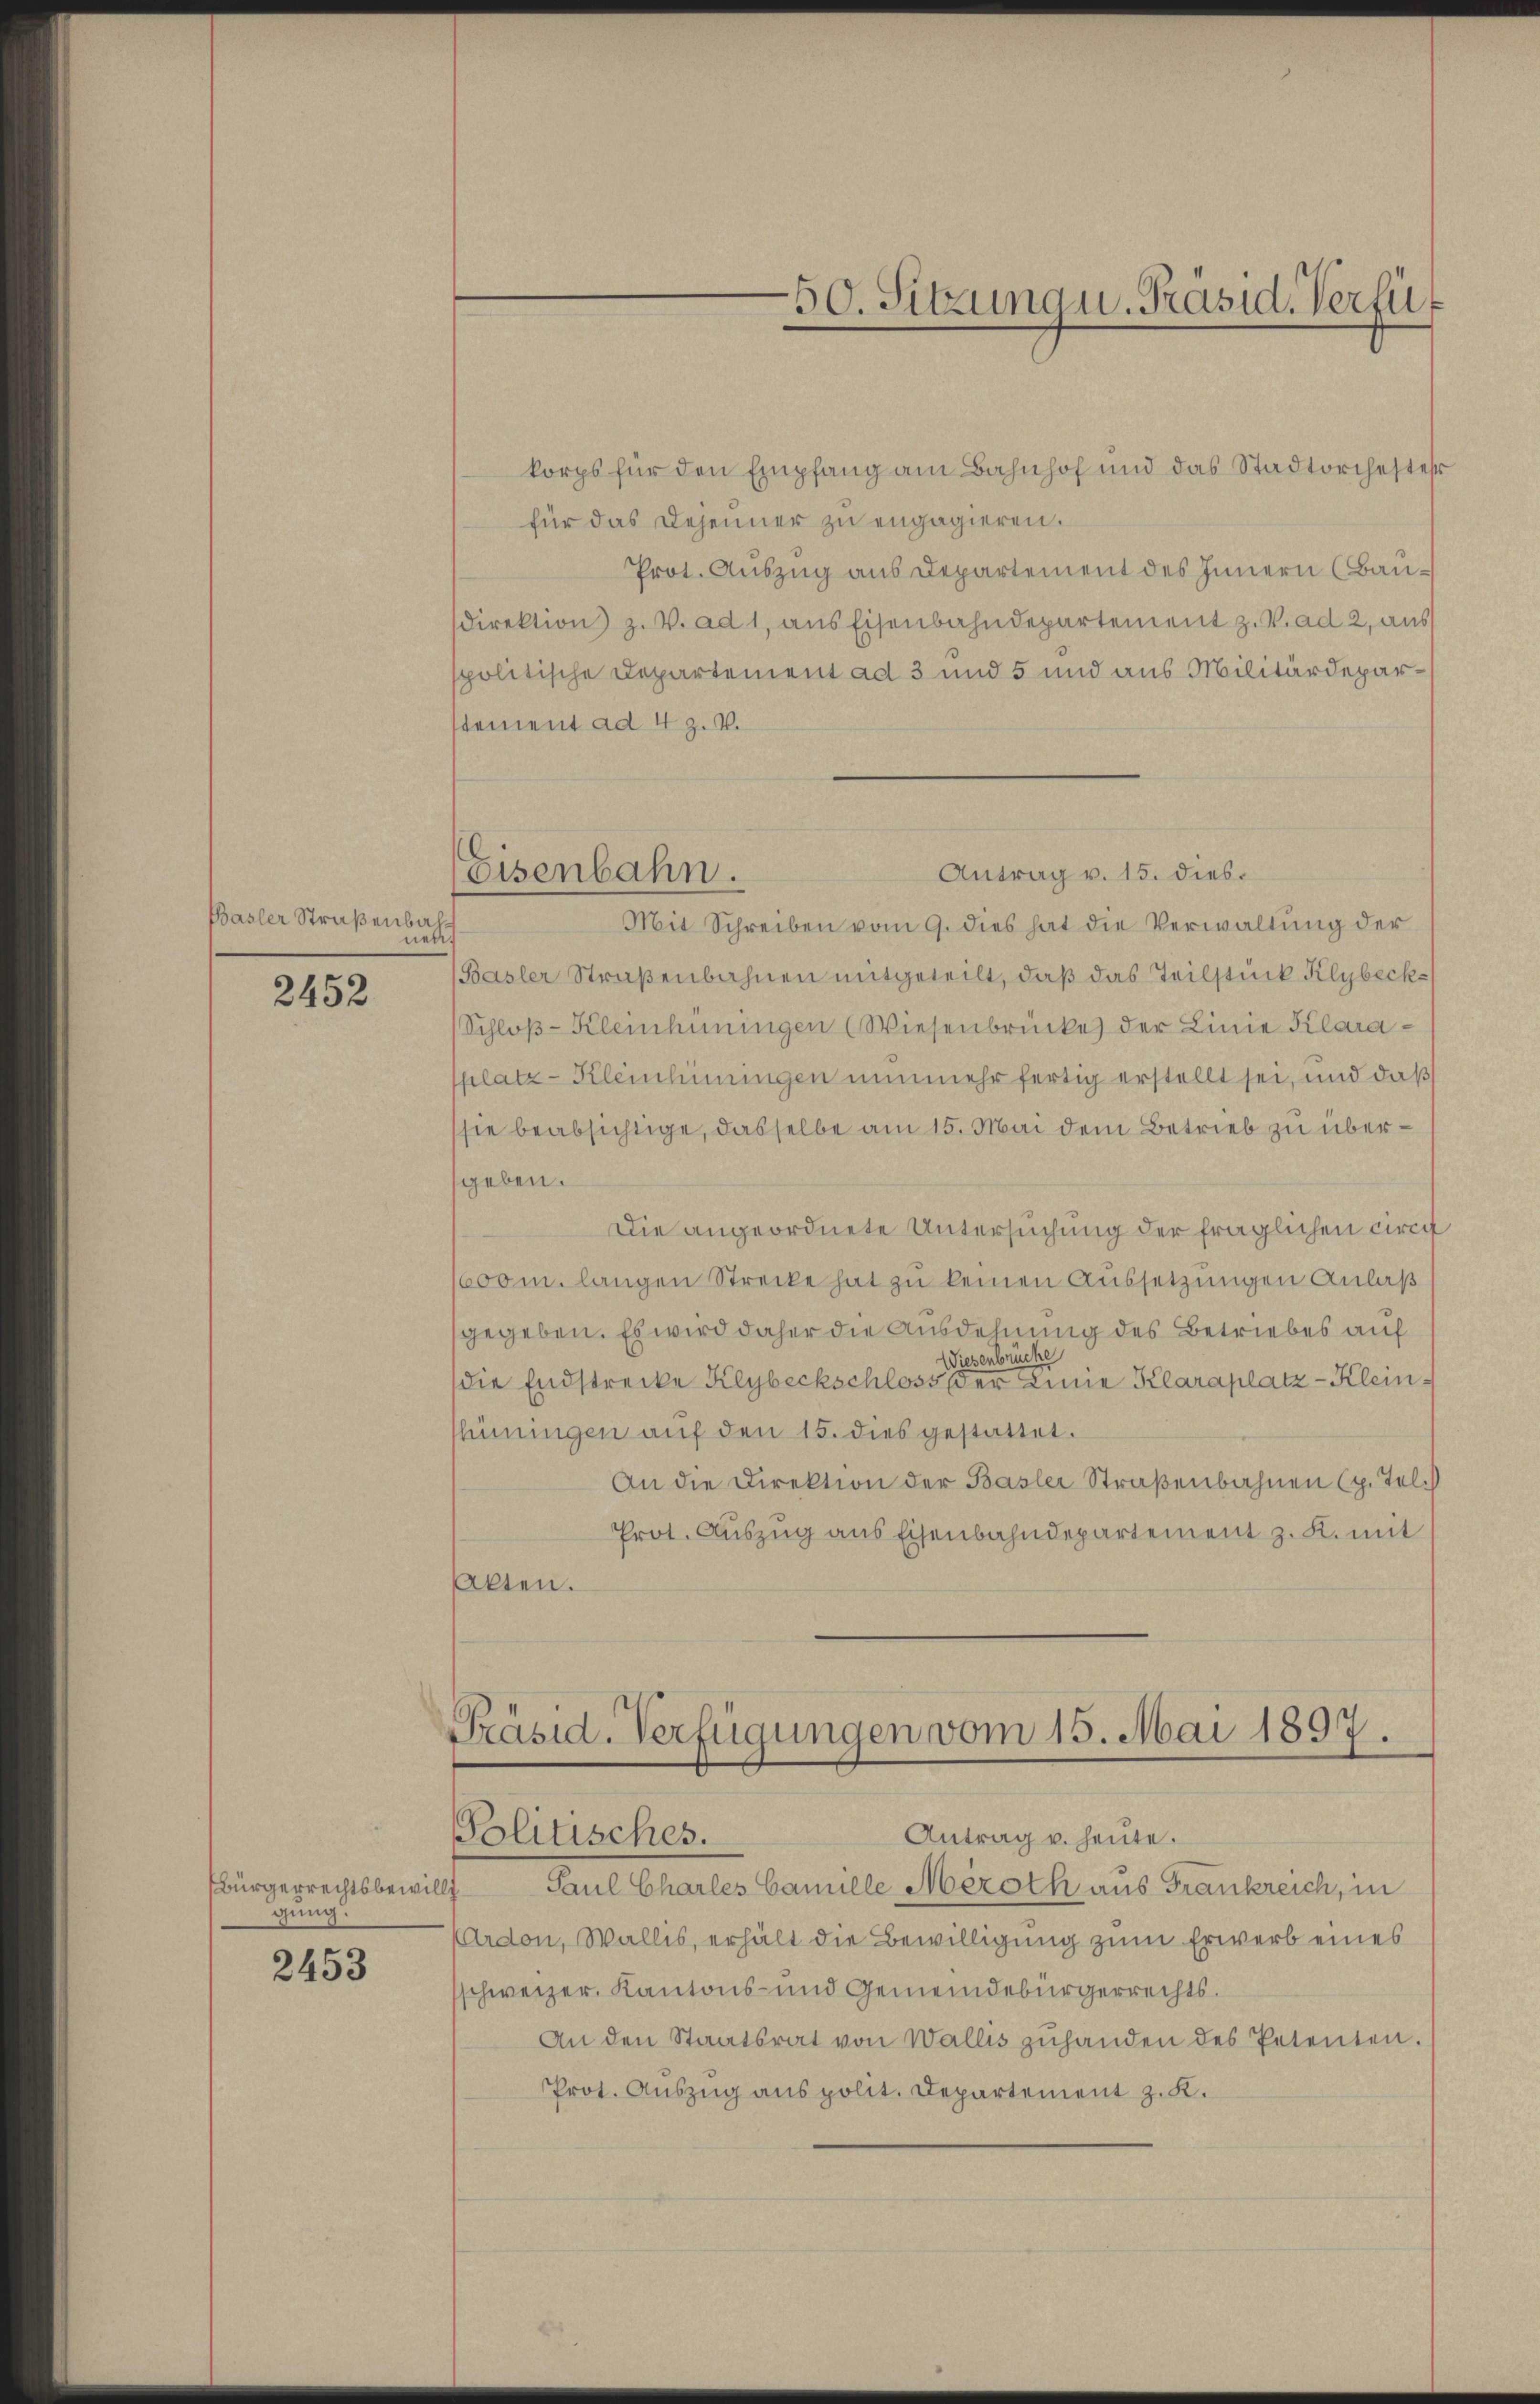
Basler Straßenbah
nen

2452

Bürgerrechtsbewil
gung.

2453

Eisenbahn.

korps für den Empfang am Bahnhof und das Stadtorchester
für das Depenner zu engagieren.
Prot. Auszug aus Departement des Innern (Baudirektion z. V. ad 1, aus Eisenbahndepartement z. V. ad 2, aus
spolitische Departement ad 3 und 5 und aus Militärdeparstement ad 4 Z. V.
Antrag v. 15. dies.
Mit Schreiben vom 9. dies hat die Verwaltung der
Basler Straßenbahnen mitgeteilt, daß das Teilstück Klybecks
Schloß-Kleinhüningen (Wiesenbrücke der Linie Klarasplatz - Kleinhiningen nunmehr fertig erstellt sei, und daß
sie beabsichtige, dasselbe am 15. Mai dem Betrieb zu übergeben.
Die angeordnete Untersuchung der fraglichen circa
600 m. langen Strecke hat zu keinen Aussetzungen Anlaß
gegeben. Es wird daher die Ausdehnung des Betriebes auf
Wiesenbrücke
die Endstrecke Klybeckschloss der Linie Klaraplatz-Klein
hüningen aŭf den 15. dies gestattet.
An die Direktion der Basler Straßenbahnen (p. Tel.
Prot. Auszug aus Eisenbahndepartement z. B. mit
Akten.
Präsid. Verfügungen vom 15. Mai 1897.
Politisches.
Antrag u. heute.
Paul Charles Camille Meroth aus Frankreich, in
Ardon, Wallis, erhält die Bewilligung zum Erwerb eines
schweizer, Kantons- und Gemeindebürgerrechts¬
An den Staatsrat von Wallis zuhanden des Petenten.
Prot. Auszug aus polit. Departement z. K.

50. Sitzung u. Präsid. Verfü¬